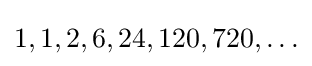
1,1,2,6,24,120,720,\ldots